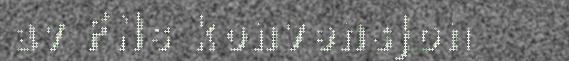
av FNs konvensjon